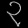
Digit: ၃